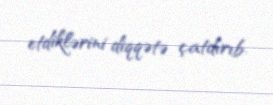
etdiklərini diqqətə çatdırıb.